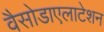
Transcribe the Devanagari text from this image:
वैसोडाएलाटेशन